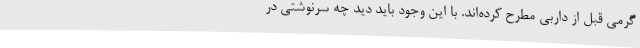
گرمی قبل از داربی مطرح کرده‌اند. با این وجود باید دید چه سرنوشتی در